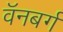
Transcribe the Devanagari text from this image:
वॅनबर्ग